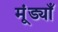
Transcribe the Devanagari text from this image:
मूंड्याँ